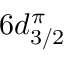
6 d _ { 3 / 2 } ^ { \pi }